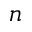
n